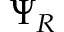
\Psi _ { R }